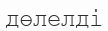
дөлелді